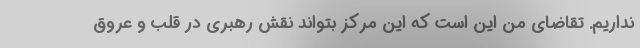
نداریم. تقاضای من این است که این مرکز بتواند نقش رهبری در قلب و عروق